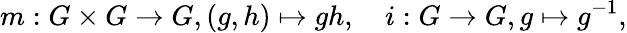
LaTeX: m:G\times G\to G,(g,h)\mapsto gh,\quad i:G\to G,g\mapsto g^{-1},